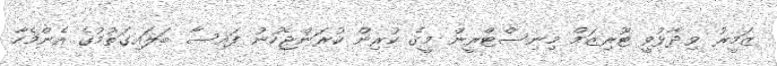
ޒަމީރު ވިދާޅުވީ ޓޫރިޒަމް މިނިސްޓްރީން މީގެ ކުރިން ކުރަންޖެހުނު ފައިސާ ބަލައިގަތުމުގެ އެންމެހާ